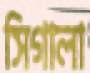
সিগালা